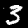
Digit: 3